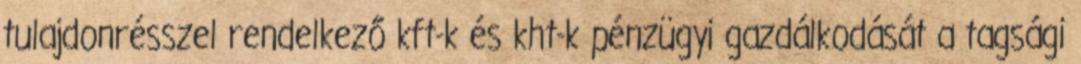
tulajdonrésszel rendelkező kft-k és kht-k pénzügyi gazdálkodását a tagsági